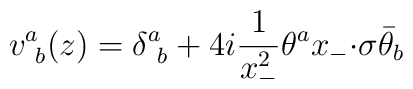
v^{a}_{~b}(z)=\displaystyle{\delta^{a}_{~b}+4i\frac{1}{x_{-}^{2}}\theta^{a}x_{-}{\cdot\sigma}\bar{\theta}_{b}}